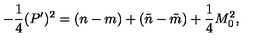
- \frac { 1 } { 4 } ( P ^ { \prime } ) ^ { 2 } = ( n - m ) + ( \tilde { n } - \tilde { m } ) + \frac { 1 } { 4 } M _ { 0 } ^ { 2 } ,